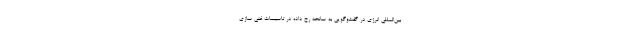
بین‌المللی انرژی در گفت‌وگویی به سانحه رخ داده در تاسیسات غنی سازی